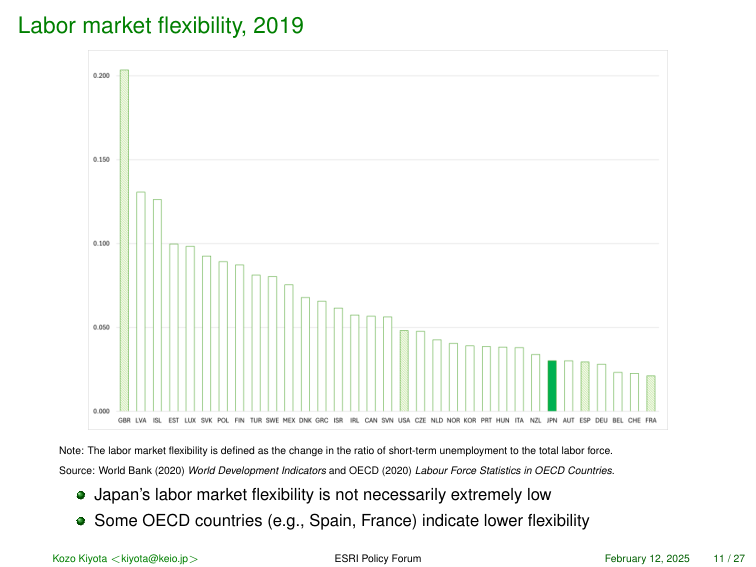
Labor market flexibility, 2019

0.200
0.150
0.100
0.050
0.000

GBR LVA ISL EST LUX SVK POL FIN TUR SWE MEX DNK GRC ISR IRL CAN SVN USA CZE NLD NOR KOR PRT HUN ITA NZL JPN AUT ESP DEU BEL CHE FRA

Note: The labor market flexibility is defined as the change in the ratio of short-term unemployment to the total labor force.
Source: World Bank (2020) World Development Indicators and OECD (2020) Labour Force Statistics in OECD Countries.

● Japan's labor market flexibility is not necessarily extremely low
● Some OECD countries (e.g., Spain, France) indicate lower flexibility

Kozo Kiyota <kiyota@keio.jp> ESRI Policy Forum February 12, 2025 11 / 27